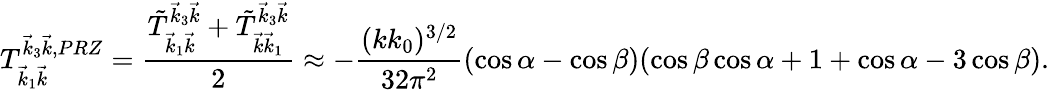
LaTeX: T_{\vec{k}_{1}\vec{k}}^{\vec{k}_{3}\vec{k},PRZ}=\frac{\tilde{T}_{\vec{k}_{1}\vec{k}}^{\vec{k}_{3}\vec{k}}+\tilde{T}_{\vec{k}\vec{k}_{1}}^{\vec{k}_{3}\vec{k}}}{2}\approx-\frac{(kk_{0})^{3/2}}{32\pi^{2}}(\cos\alpha-\cos\beta)(\cos\beta\cos\alpha+1+\cos\alpha-3\cos\beta).